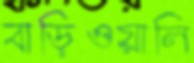
বাড়িওয়ালি